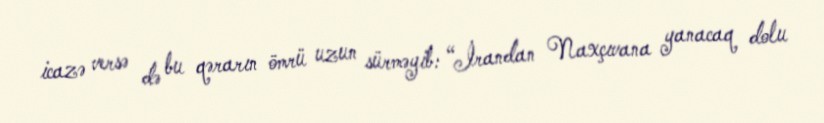
icazə versə də bu qərarın ömrü uzun sürməyib: “İrandan Naxçıvana yanacaq dolu